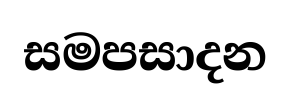
සමපසාදන